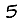
Digit: 5